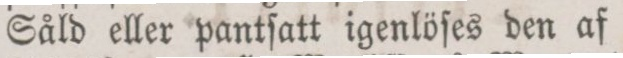
Såld eller pantſatt igenlöſes den af